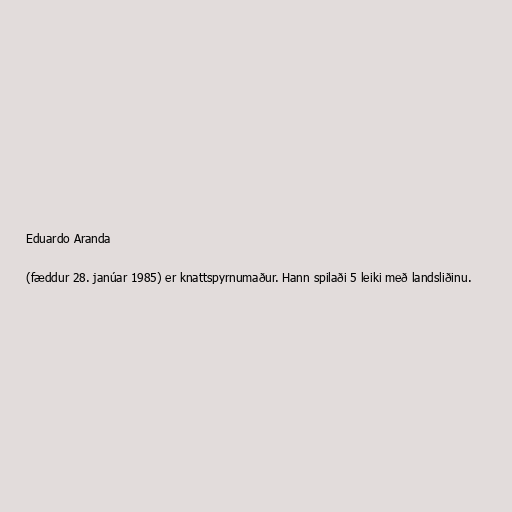
Eduardo Aranda

(fæddur 28. janúar 1985) er knattspyrnumaður. Hann spilaði 5 leiki með landsliðinu.